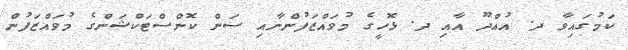
ކަމުގައިވާ ދ. އުއްދޫ އާއި ދ. ޅޮހީގެ މުވައްޒަފުންނާއި ސަން ކޮންސްޓަކްޝަންގެ މުވައްޒަފުން